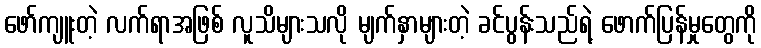
ဖော်ကျူးတဲ့ လက်ရာအဖြစ် လူသိများသလို မျက်နှာများတဲ့ ခင်ပွန်းသည်ရဲ့ ဖောက်ပြန်မှုတွေကို